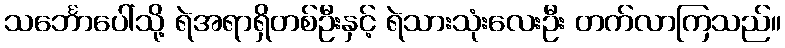
သင်္ဘောပေါ်သို့ ရဲအရာရှိတစ်ဦးနှင့် ရဲသားသုံးလေးဦး တက်လာကြသည်။